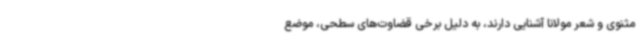
مثنوی و شعر مولانا آشنایی دارند، به دلیل برخی قضاوت‌های سطحی، موضع